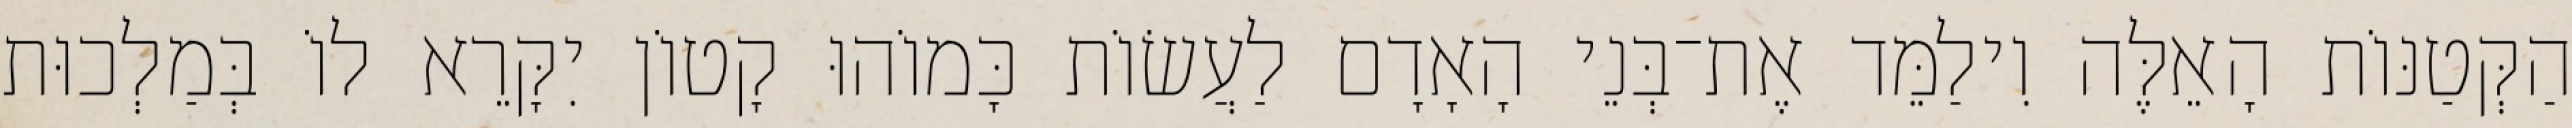
הַקְּטַנּוֹת הָאֵלֶּה וִילַמֵּד אֶת־בְּנֵי הָאָדָם לַעֲשׂוֹת כָּמוֹהוּ קָטוֹן יִקָּרֵא לוֹ בְּמַלְכוּת